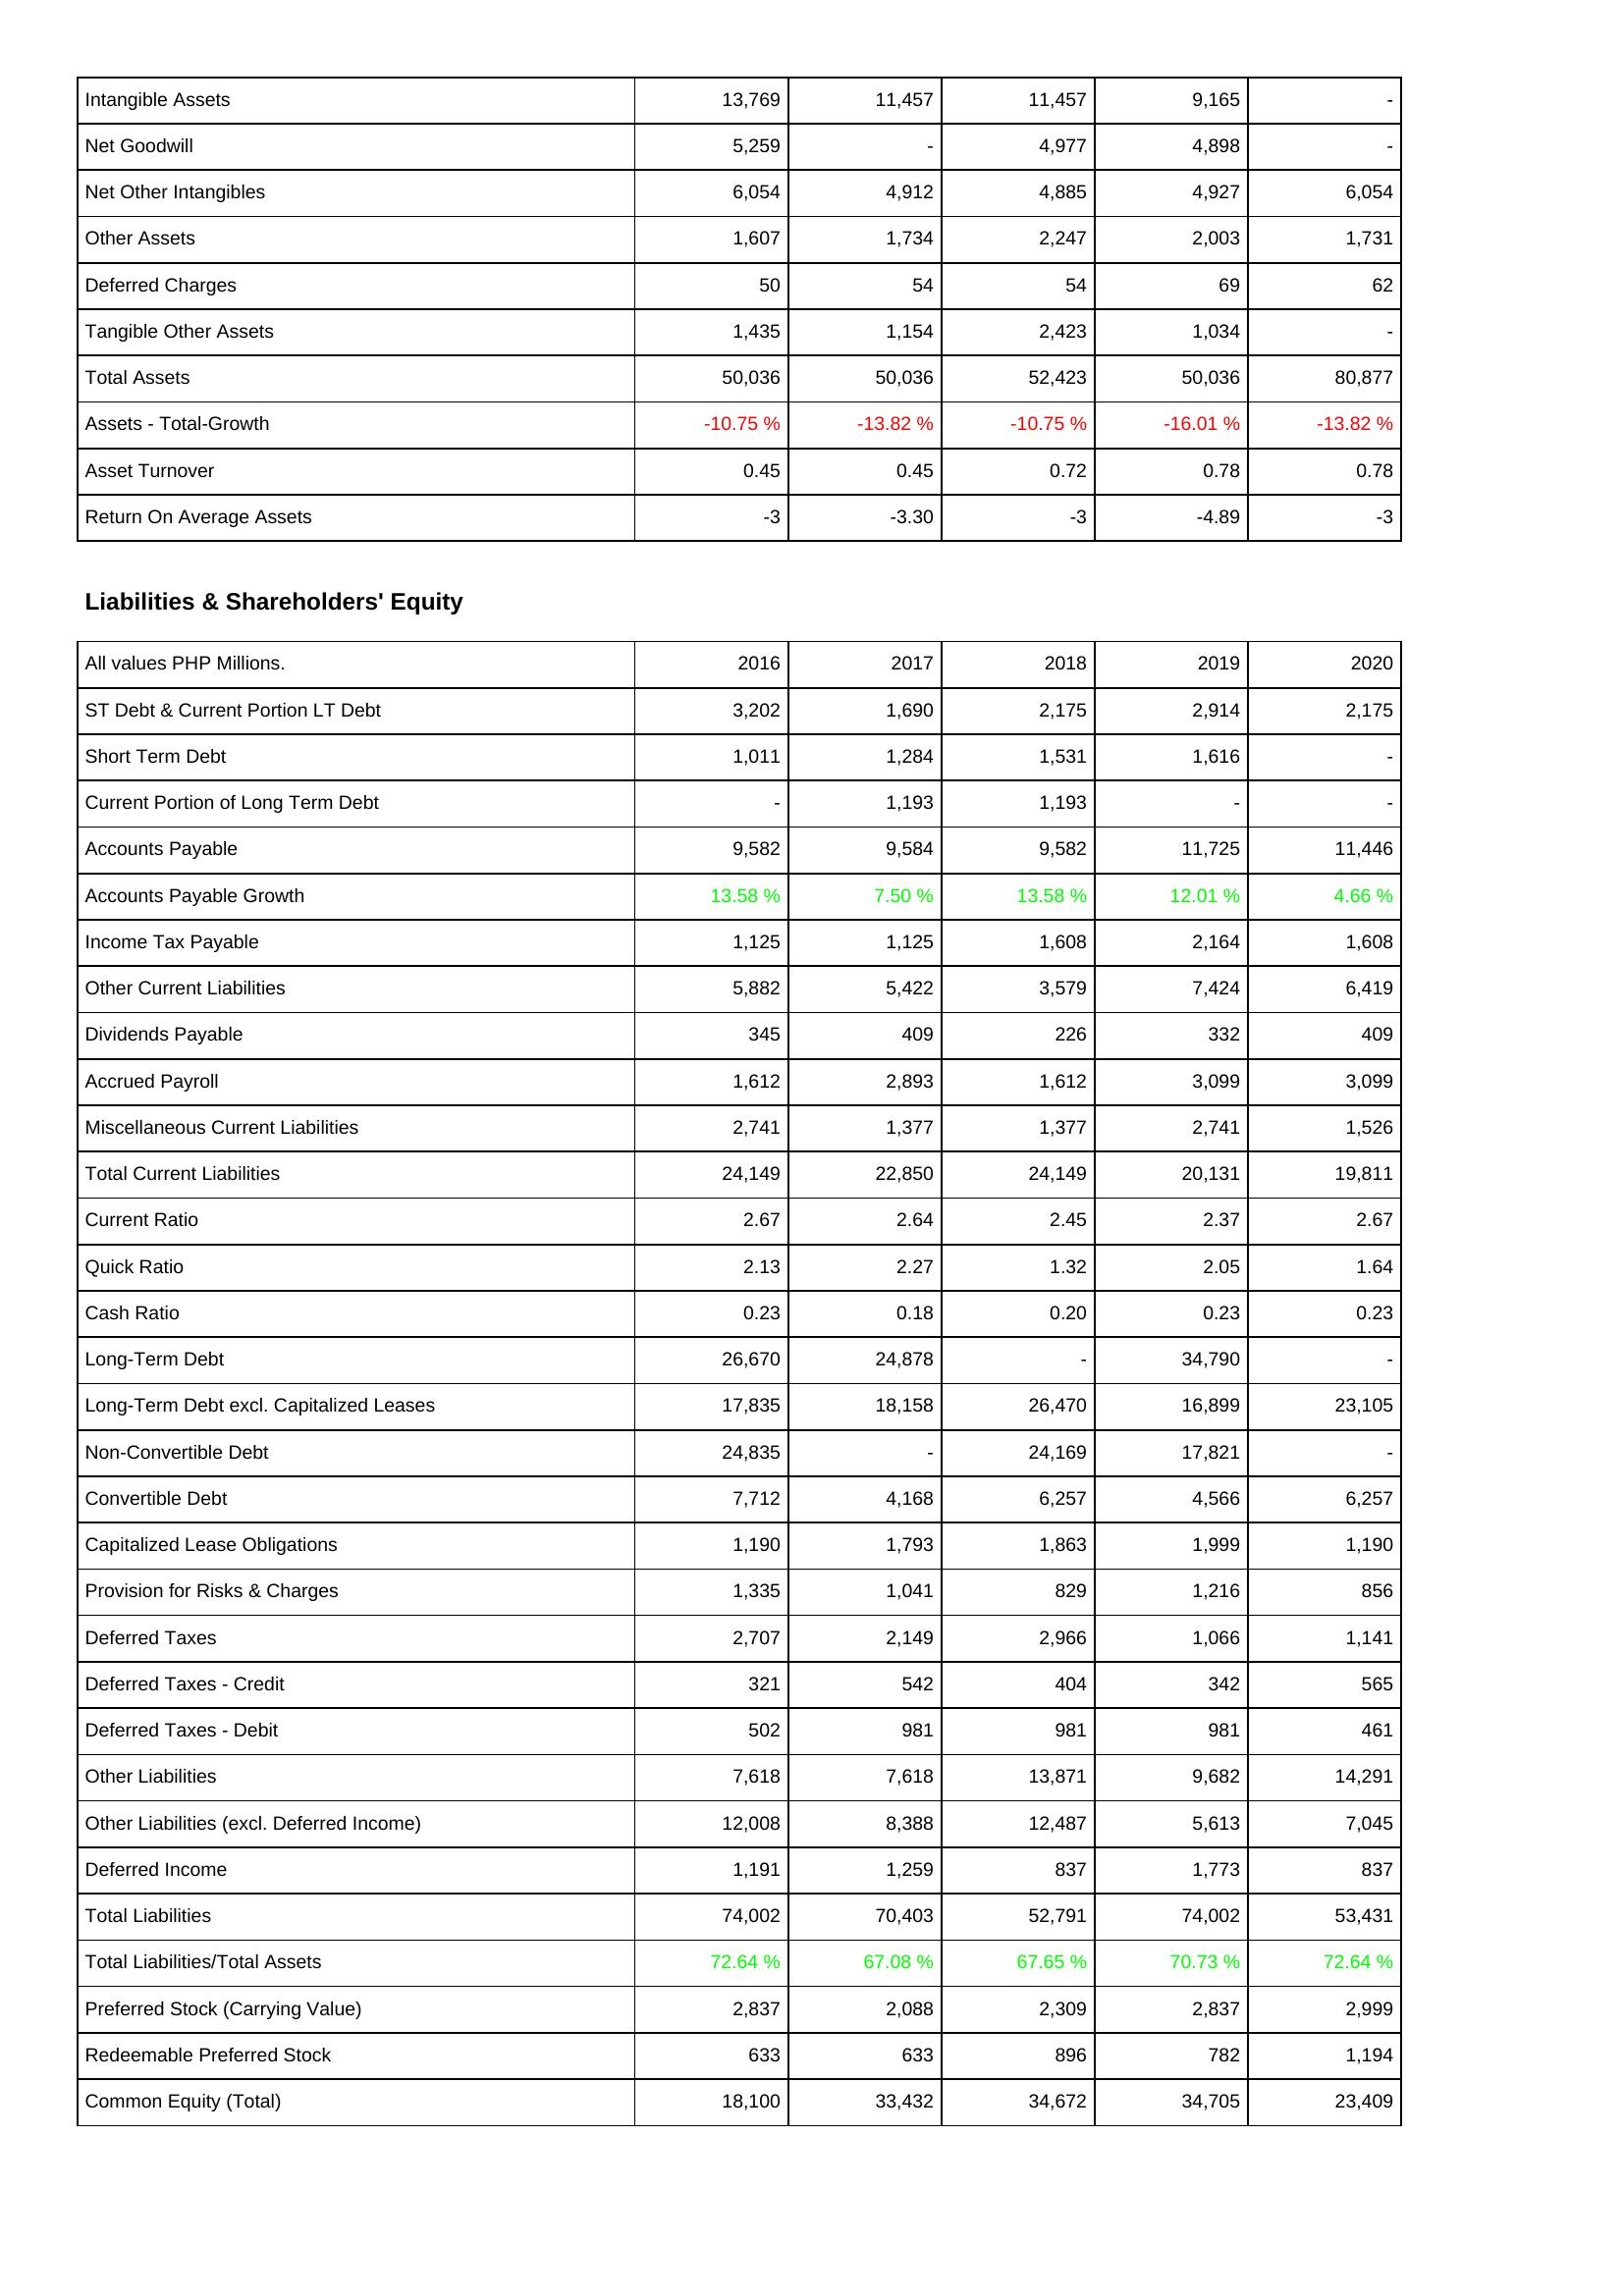
2016: Assets: Intangible Assets: 13,769
Net Goodwill: 5,259
Net Other Intangibles: 6,054
Other Assets: 1,607
Deferred Charges: 50
Tangible Other Assets: 1,435
Total Assets: 50,036
Assets - Total-Growth: -10.75 %
Asset Turnover: 0.45
Return On Average Assets: -3
Liabilities & Shareholders' Equity: ST Debt & Current Portion LT Debt: 3,202
Short Term Debt: 1,011
Current Portion of Long Term Debt: -
Accounts Payable: 9,582
Accounts Payable Growth: 13.58 %
Income Tax Payable: 1,125
Other Current Liabilities: 5,882
Dividends Payable: 345
Accrued Payroll: 1,612
Miscellaneous Current Liabilities: 2,741
Total Current Liabilities: 24,149
Current Ratio: 2.67
Quick Ratio: 2.13
Cash Ratio: 0.23
Long-Term Debt: 26,670
Long-Term Debt excl. Capitalized Leases: 17,835
Non-Convertible Debt: 24,835
Convertible Debt: 7,712
Capitalized Lease Obligations: 1,190
Provision for Risks & Charges: 1,335
Deferred Taxes: 2,707
Deferred Taxes - Credit: 321
Deferred Taxes - Debit: 502
Other Liabilities: 7,618
Other Liabilities (excl. Deferred Income): 12,008
Deferred Income: 1,191
Total Liabilities: 74,002
Total Liabilities/Total Assets: 72.64 %
Preferred Stock (Carrying Value): 2,837
Redeemable Preferred Stock: 633
Common Equity (Total): 18,100
2017: Assets: Intangible Assets: 11,457
Net Goodwill: -
Net Other Intangibles: 4,912
Other Assets: 1,734
Deferred Charges: 54
Tangible Other Assets: 1,154
Total Assets: 50,036
Assets - Total-Growth: -13.82 %
Asset Turnover: 0.45
Return On Average Assets: -3.30
Liabilities & Shareholders' Equity: ST Debt & Current Portion LT Debt: 1,690
Short Term Debt: 1,284
Current Portion of Long Term Debt: 1,193
Accounts Payable: 9,584
Accounts Payable Growth: 7.50 %
Income Tax Payable: 1,125
Other Current Liabilities: 5,422
Dividends Payable: 409
Accrued Payroll: 2,893
Miscellaneous Current Liabilities: 1,377
Total Current Liabilities: 22,850
Current Ratio: 2.64
Quick Ratio: 2.27
Cash Ratio: 0.18
Long-Term Debt: 24,878
Long-Term Debt excl. Capitalized Leases: 18,158
Non-Convertible Debt: -
Convertible Debt: 4,168
Capitalized Lease Obligations: 1,793
Provision for Risks & Charges: 1,041
Deferred Taxes: 2,149
Deferred Taxes - Credit: 542
Deferred Taxes - Debit: 981
Other Liabilities: 7,618
Other Liabilities (excl. Deferred Income): 8,388
Deferred Income: 1,259
Total Liabilities: 70,403
Total Liabilities/Total Assets: 67.08 %
Preferred Stock (Carrying Value): 2,088
Redeemable Preferred Stock: 633
Common Equity (Total): 33,432
2018: Assets: Intangible Assets: 11,457
Net Goodwill: 4,977
Net Other Intangibles: 4,885
Other Assets: 2,247
Deferred Charges: 54
Tangible Other Assets: 2,423
Total Assets: 52,423
Assets - Total-Growth: -10.75 %
Asset Turnover: 0.72
Return On Average Assets: -3
Liabilities & Shareholders' Equity: ST Debt & Current Portion LT Debt: 2,175
Short Term Debt: 1,531
Current Portion of Long Term Debt: 1,193
Accounts Payable: 9,582
Accounts Payable Growth: 13.58 %
Income Tax Payable: 1,608
Other Current Liabilities: 3,579
Dividends Payable: 226
Accrued Payroll: 1,612
Miscellaneous Current Liabilities: 1,377
Total Current Liabilities: 24,149
Current Ratio: 2.45
Quick Ratio: 1.32
Cash Ratio: 0.20
Long-Term Debt: -
Long-Term Debt excl. Capitalized Leases: 26,470
Non-Convertible Debt: 24,169
Convertible Debt: 6,257
Capitalized Lease Obligations: 1,863
Provision for Risks & Charges: 829
Deferred Taxes: 2,966
Deferred Taxes - Credit: 404
Deferred Taxes - Debit: 981
Other Liabilities: 13,871
Other Liabilities (excl. Deferred Income): 12,487
Deferred Income: 837
Total Liabilities: 52,791
Total Liabilities/Total Assets: 67.65 %
Preferred Stock (Carrying Value): 2,309
Redeemable Preferred Stock: 896
Common Equity (Total): 34,672
2019: Assets: Intangible Assets: 9,165
Net Goodwill: 4,898
Net Other Intangibles: 4,927
Other Assets: 2,003
Deferred Charges: 69
Tangible Other Assets: 1,034
Total Assets: 50,036
Assets - Total-Growth: -16.01 %
Asset Turnover: 0.78
Return On Average Assets: -4.89
Liabilities & Shareholders' Equity: ST Debt & Current Portion LT Debt: 2,914
Short Term Debt: 1,616
Current Portion of Long Term Debt: -
Accounts Payable: 11,725
Accounts Payable Growth: 12.01 %
Income Tax Payable: 2,164
Other Current Liabilities: 7,424
Dividends Payable: 332
Accrued Payroll: 3,099
Miscellaneous Current Liabilities: 2,741
Total Current Liabilities: 20,131
Current Ratio: 2.37
Quick Ratio: 2.05
Cash Ratio: 0.23
Long-Term Debt: 34,790
Long-Term Debt excl. Capitalized Leases: 16,899
Non-Convertible Debt: 17,821
Convertible Debt: 4,566
Capitalized Lease Obligations: 1,999
Provision for Risks & Charges: 1,216
Deferred Taxes: 1,066
Deferred Taxes - Credit: 342
Deferred Taxes - Debit: 981
Other Liabilities: 9,682
Other Liabilities (excl. Deferred Income): 5,613
Deferred Income: 1,773
Total Liabilities: 74,002
Total Liabilities/Total Assets: 70.73 %
Preferred Stock (Carrying Value): 2,837
Redeemable Preferred Stock: 782
Common Equity (Total): 34,705
2020: Assets: Intangible Assets: -
Net Goodwill: -
Net Other Intangibles: 6,054
Other Assets: 1,731
Deferred Charges: 62
Tangible Other Assets: -
Total Assets: 80,877
Assets - Total-Growth: -13.82 %
Asset Turnover: 0.78
Return On Average Assets: -3
Liabilities & Shareholders' Equity: ST Debt & Current Portion LT Debt: 2,175
Short Term Debt: -
Current Portion of Long Term Debt: -
Accounts Payable: 11,446
Accounts Payable Growth: 4.66 %
Income Tax Payable: 1,608
Other Current Liabilities: 6,419
Dividends Payable: 409
Accrued Payroll: 3,099
Miscellaneous Current Liabilities: 1,526
Total Current Liabilities: 19,811
Current Ratio: 2.67
Quick Ratio: 1.64
Cash Ratio: 0.23
Long-Term Debt: -
Long-Term Debt excl. Capitalized Leases: 23,105
Non-Convertible Debt: -
Convertible Debt: 6,257
Capitalized Lease Obligations: 1,190
Provision for Risks & Charges: 856
Deferred Taxes: 1,141
Deferred Taxes - Credit: 565
Deferred Taxes - Debit: 461
Other Liabilities: 14,291
Other Liabilities (excl. Deferred Income): 7,045
Deferred Income: 837
Total Liabilities: 53,431
Total Liabilities/Total Assets: 72.64 %
Preferred Stock (Carrying Value): 2,999
Redeemable Preferred Stock: 1,194
Common Equity (Total): 23,409